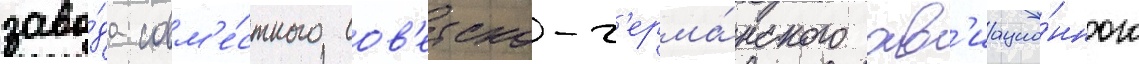
заво́да совм'е́стного сов'етско-г'ерма́нского ав'иацио́нного